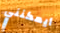
أيمكنني